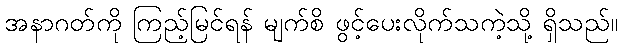
အနာဂတ်ကို ကြည့်မြင်ရန် မျက်စိ ဖွင့်ပေးလိုက်သကဲ့သို့ ရှိသည်။